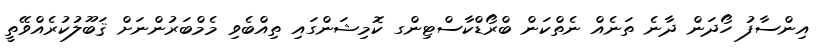
އިންސާފު ހޯދަން ދާނެ ތަނެއް ނެތްކަން ބްރޯޑްކާސްޓިންގ ކޮމިޝަންގައި ތިއްބެވި މެމްބަރުންނަށް ޤަބޫލުކުރެއްވޭތީ